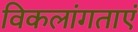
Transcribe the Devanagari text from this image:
विकलांगताएं